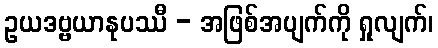
ဥယဒဗ္ဗယာနုပဿီ - အဖြစ်အပျက်ကို ရှုလျက်၊